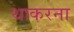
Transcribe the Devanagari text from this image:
थाकरना